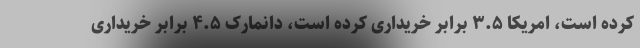
کرده است، امریکا ۳.۵ برابر خریداری کرده است، دانمارک ۴.۵ برابر خریداری